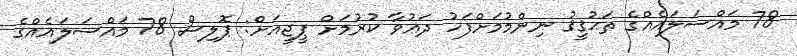
78 މައްސަލައެއްގެ ތަޙުޤީޤު ނިންމުމަށްފަހު ދަޢުވާ ކުރުމަށް ޕީޖީއަށް: ޕޮލިސް 78 މައްސަލައެއްގެ